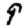
Digit: 9